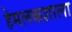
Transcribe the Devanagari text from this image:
हेमलकशाला